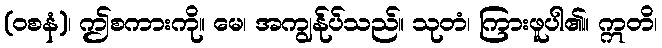
(ဝစနံ)၊ ဤစကားကို။ မေ၊ အကျွန်ုပ်သည်။ သုတံ၊ ကြားဖူပါ၏။ ဣတိ၊